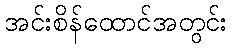
အင်းစိန်ထောင်အတွင်း